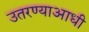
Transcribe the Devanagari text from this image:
उतरण्याआधी